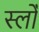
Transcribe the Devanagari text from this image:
स्लोँ